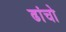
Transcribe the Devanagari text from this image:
ढांचो